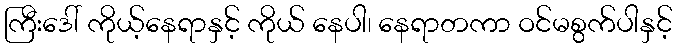
ကြီးဒေါ် ကိုယ့်နေရာနှင့် ကိုယ် နေပါ၊ နေရာတကာ ဝင်မစွက်ပါနှင့်